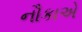
નૌકાએ